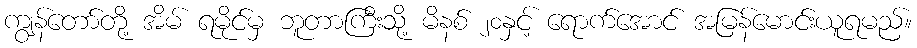
ကျွန်တော်တို့ အိမ် ရမိုင်မှ ဘူတာကြီးသို့ မိနစ် ၂၀နှင့် ရောက်အောင် အမြန်မောင်းယူရမည်။